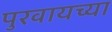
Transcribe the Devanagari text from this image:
पुरवायच्या